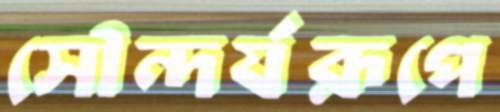
সৌন্দর্যরূপে